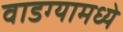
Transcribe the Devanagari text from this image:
वाडग्यामध्ये